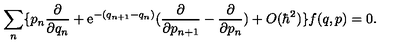
\sum _ { n } \{ p _ { n } \frac { \partial } { \partial q _ { n } } + \mathrm { e } ^ { - ( q _ { n + 1 } - q _ { n } ) } ( \frac { \partial } { \partial p _ { n + 1 } } - \frac { \partial } { \partial p _ { n } } ) + O ( \hbar ^ { 2 } ) \} f ( q , p ) = 0 .